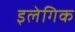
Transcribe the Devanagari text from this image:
इलेगिक